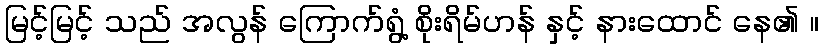
မြင့်မြင့် သည် အလွန် ကြောက်ရွံ့ စိုးရိမ်ဟန် နှင့် နားထောင် နေ၏ ။